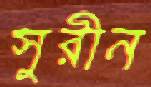
সুরীন